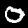
Label: 0